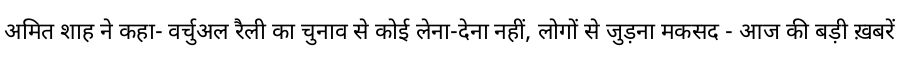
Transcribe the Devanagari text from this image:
अमित शाह ने कहा- वर्चुअल रैली का चुनाव से कोई लेना-देना नहीं, लोगों से जुड़ना मकसद - आज की बड़ी ख़बरें